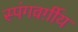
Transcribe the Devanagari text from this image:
स्पंगवर्ग़ीय